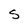
Character: S